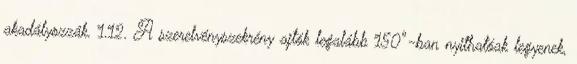
akadályozzák. 1.12. A szerelvényszekrény ajtók legalább 150°-ban nyithatóak legyenek,